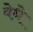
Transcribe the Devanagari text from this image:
वेधे